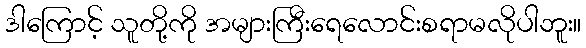
ဒါကြောင့် သူတို့ကို အများကြီးရေလောင်းစရာမလိုပါဘူး။